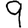
Digit: 9